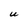
Character: U